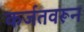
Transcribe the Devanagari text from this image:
कर्जतवरून